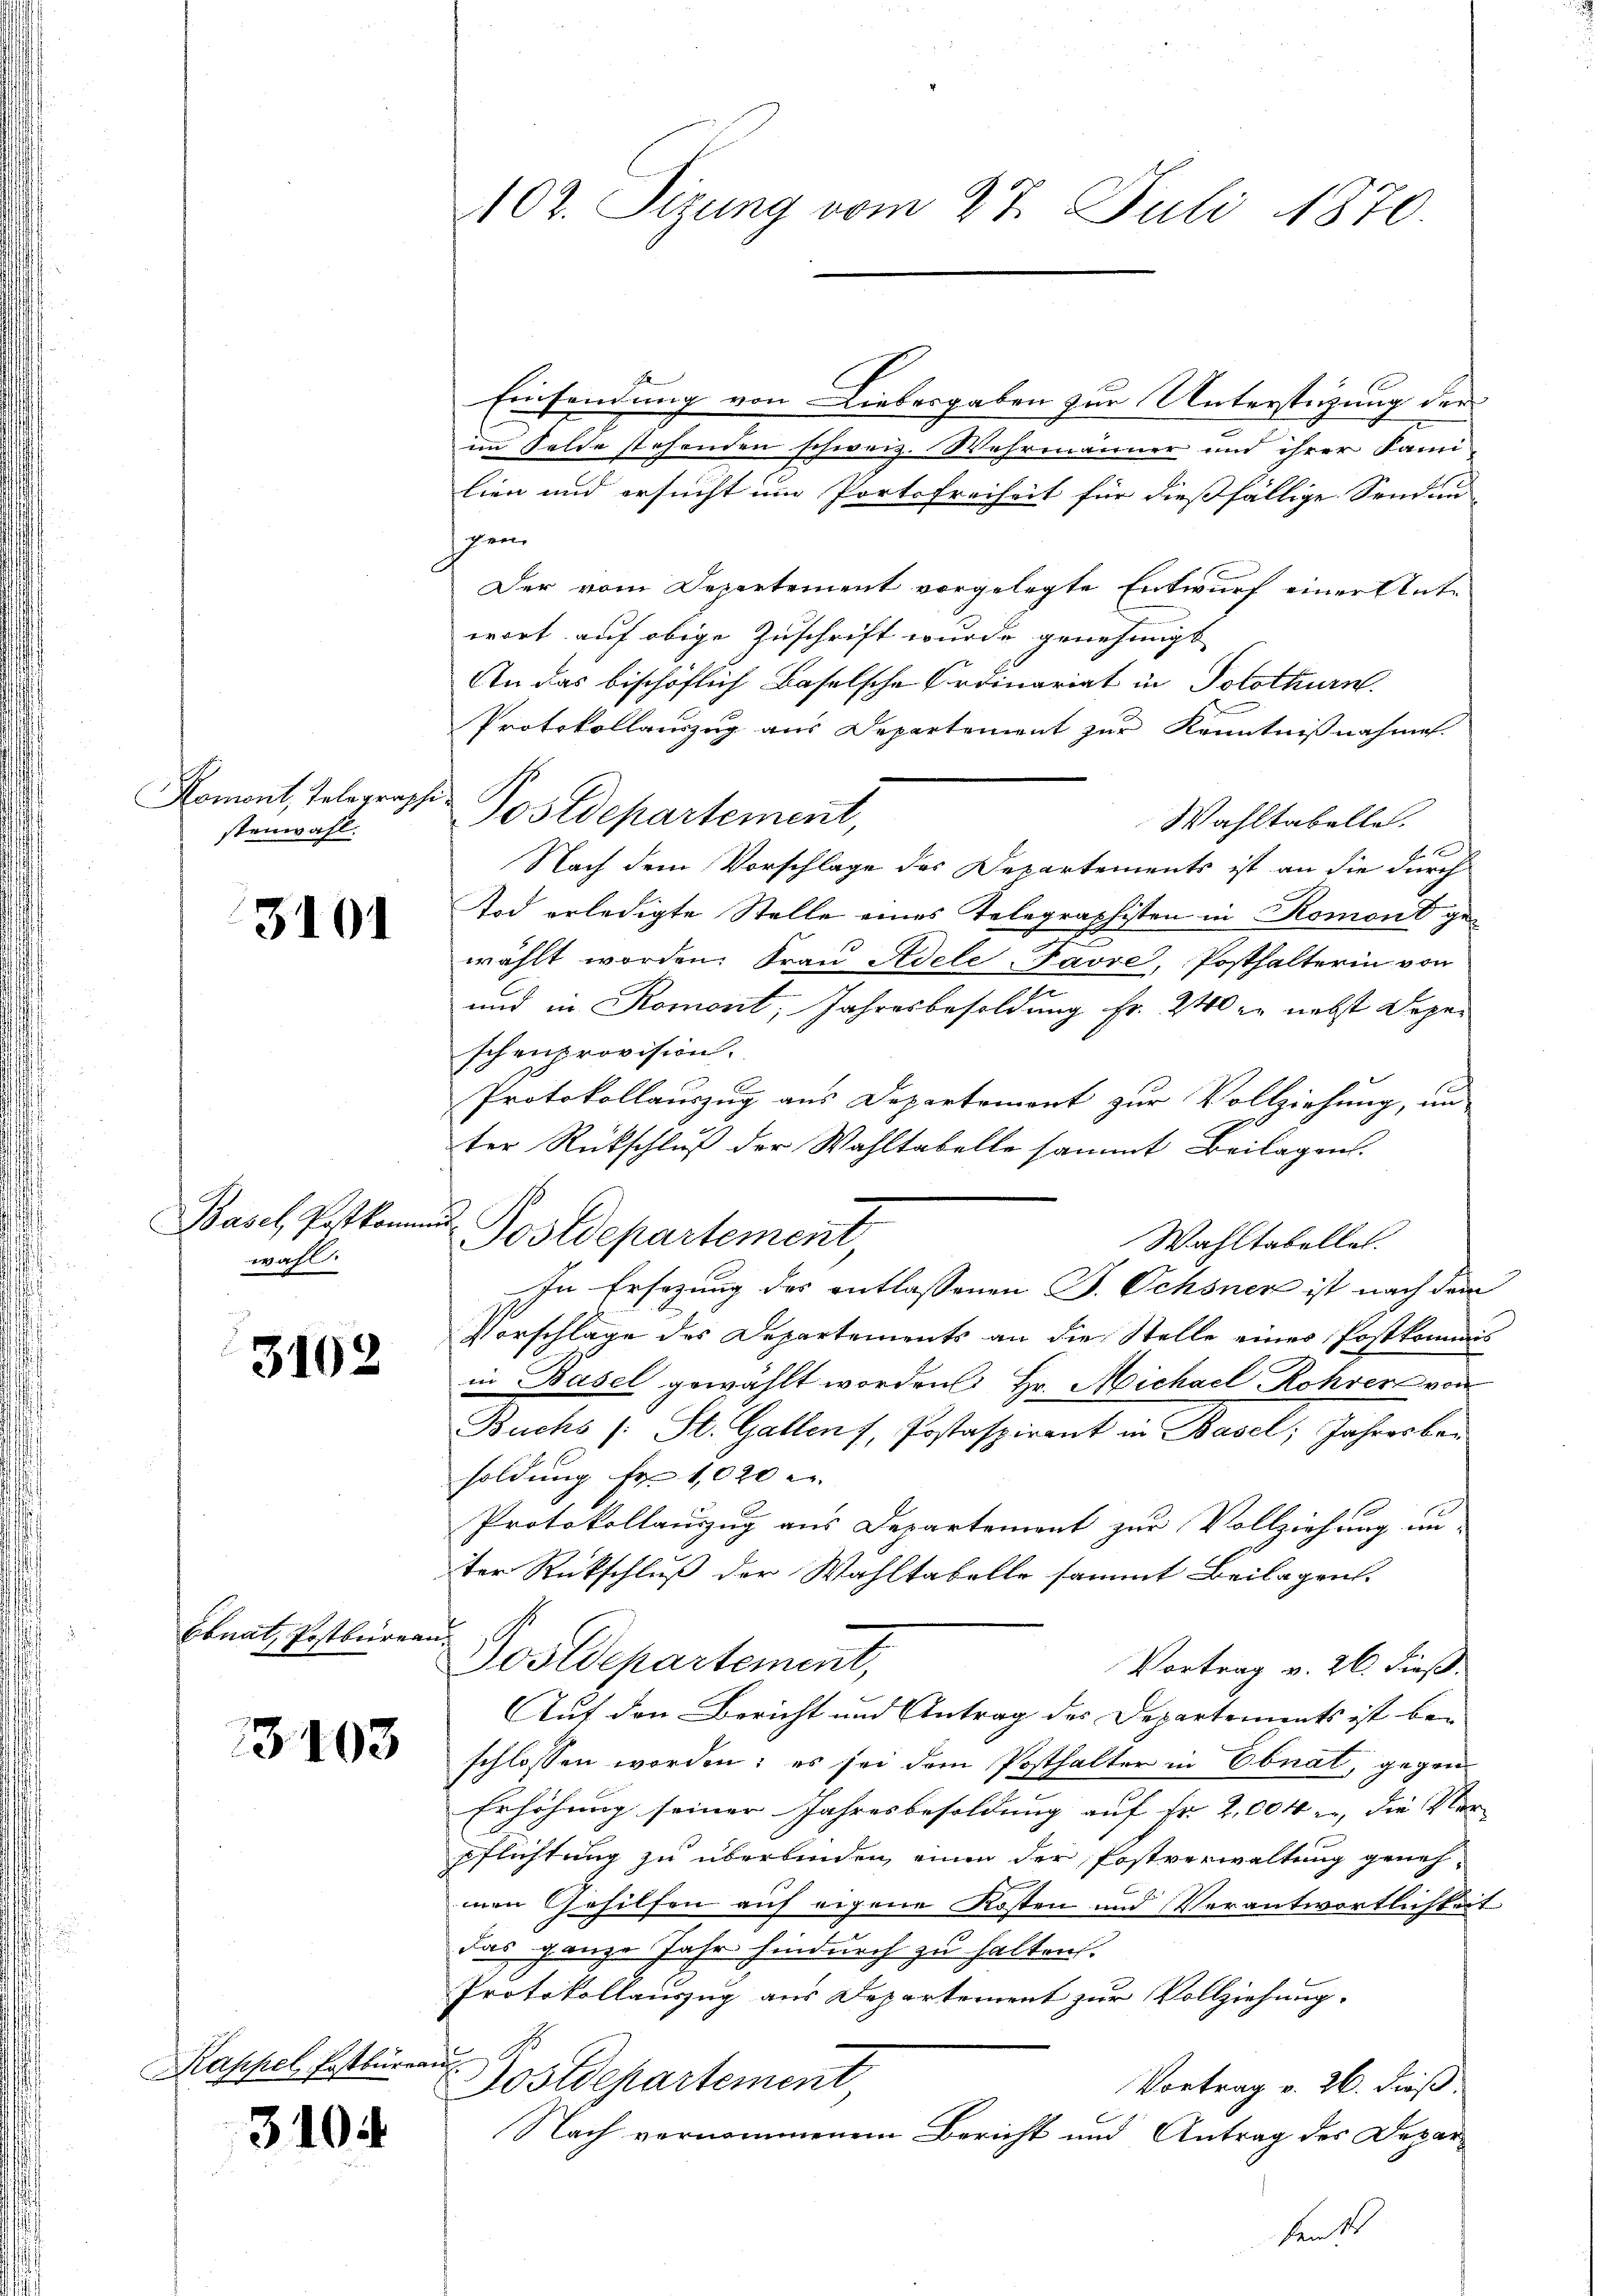
Komont, Telegraphi
stenwahl.

3101

Basel, Postkann
wahl

3102

Ebnat, Postburea

3103

3104

102. Sizung vom 27. Juli 1870.

Einsendung von Liebergaben zur Unterstüzung der
im Felde stehenden schweiz. Wehrmänner und ihrer Fami
lien und ersucht im Portofreiheit für dießfällige Sendun
cheen
Der vom Departement vorgelegte Entwurf einer Ante
wort auf obige Zuschrift wurde genehmigt
An das bischöflich Baselsche Ordinariat in Solothurn.
Protokollauszug aus Departement zur Kenntnißnahme
Wahltabelle.
Nach dem Vorschlage des Departements ist an die durch
Tod erledigte Stelle eines Telegraphisten in Romont ge¬
.
wählt worden. Frau Adele-Favre, Posthalterin von
und in Romont, Jahresbesoldung Fr. 240 er nebst Degeschenprovision.
Protokollauszug aus Departemont zur Vollziehung, un-
ter Rückschluß der Wahltabelle sammt Beilagen.
e
Postdepartement
Wahltabellet.
In Ersezung des entlassenen J. Schönen ist nach dem
Vorschlage des Departements an die Stelle eines Postkommis
in Basel gewählt worden Hr. Michael Rohrer von
Buchs (: St. Gallens Postaspirant in Basel, Jahresber
soldung Fr. 1020 u.
Protokollauszug aus Departement zur Vollziehung un-
ter Rückschluß der Wahltabelle sammt Beilagen.
an
Postdepartement,
Vortrag v. 26. dieß.
Auf den Bericht und Antrag des Departements ist bei
schlossen worden; es sei dem Posthalter in Ebnat, gegen
Erhöhung seiner Jahresbesoldung auf Fr. 2,004 i, die Ver¬
Pflichtung zu überbinden, einen der Postverwaltung genehmen Gehilfen auf eigene Kosten und Verantwortlichkeit
das ganze Jahr hindurch zu halten.
Protokollauszug aus Departement zur Vollziehung.
Kappel Postbüreau Postdepartement
Vortrag v. 26. dieß.
Nach vernommenem Bericht und Antrag des Deparheits

Postdepartement,